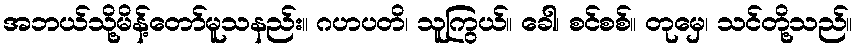
အဘယ်သို့မိန့်တော်မူသနည်း။ ဂဟပတိ၊ သူကြွယ်။ ခေါ၊ စင်စစ်။ တုမှေ၊ သင်တို့သည်။